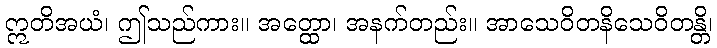
ဣတိအယံ၊ ဤသည်ကား။ အတ္ထော၊ အနက်တည်း။ အာသေဝိတနိသေဝိတန္တိ၊